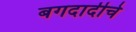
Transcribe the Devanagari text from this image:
बगदादीचे